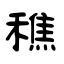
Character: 穛